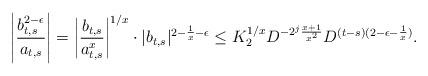
LaTeX: \begin{align*}\left|\frac{b_{t,s}^{2-\epsilon}}{a_{t,s}}\right|=\left|\frac{b_{t,s}}{a_{t,s}^x} \right|^{1/x} \cdot |b_{t,s}|^{2-\frac{1}{x}-\epsilon}\leq K_2^{1/x} D^{-2^j\frac{x+1}{x^2}} D^{(t-s)(2-\epsilon-\frac{1}{x})}.\end{align*}